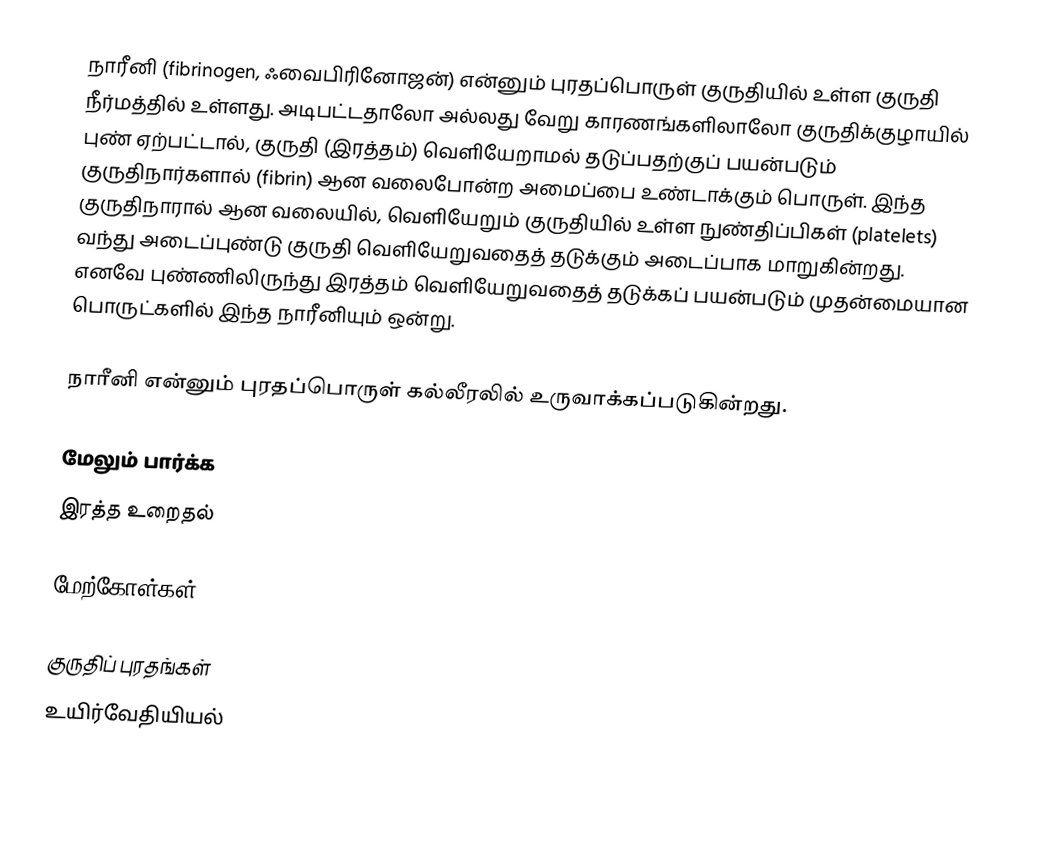
நாரீனி (fibrinogen, ஃவைபிரினோஜன்) என்னும் புரதப்பொருள் குருதியில் உள்ள குருதி நீர்மத்தில் உள்ளது. அடிபட்டதாலோ அல்லது வேறு காரணங்களிலாலோ குருதிக்குழாயில் புண் ஏற்பட்டால், குருதி (இரத்தம்) வெளியேறாமல் தடுப்பதற்குப் பயன்படும் குருதிநார்களால் (fibrin) ஆன வலைபோன்ற அமைப்பை உண்டாக்கும் பொருள். இந்த குருதிநாரால் ஆன வலையில், வெளியேறும் குருதியில் உள்ள நுண்திப்பிகள் (platelets) வந்து அடைப்புண்டு குருதி வெளியேறுவதைத் தடுக்கும் அடைப்பாக மாறுகின்றது. எனவே புண்ணிலிருந்து இரத்தம் வெளியேறுவதைத் தடுக்கப் பயன்படும் முதன்மையான பொருட்களில் இந்த நாரீனியும் ஒன்று.

நாரீனி என்னும் புரதப்பொருள் கல்லீரலில் உருவாக்கப்படுகின்றது.

மேலும் பார்க்க
 இரத்த உறைதல்

மேற்கோள்கள்

குருதிப் புரதங்கள்
உயிர்வேதியியல்